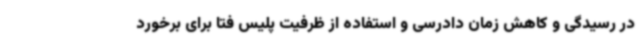
در رسیدگی و کاهش زمان دادرسی و استفاده از ظرفیت پلیس فتا برای برخورد